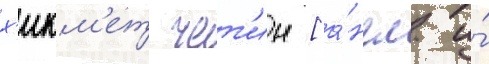
х'икм'ет чет'ин [а́нгл. и́